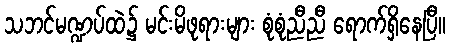
သဘင်မဏ္ဍပ်ထဲ၌ မင်းမိဖုရားများ စုံစုံညီညီ ရောက်ရှိနေပြီ။